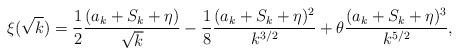
LaTeX: \begin{align*}\xi(\sqrt{k})=\frac{1}{2}\frac{(a_k+S_k+\eta)}{\sqrt{k}}-\frac{1}{8}\frac{(a_k+S_k+\eta)^2}{k^{3/2}}+\theta\frac{(a_k+S_k+\eta)^3}{k^{5/2}},\end{align*}